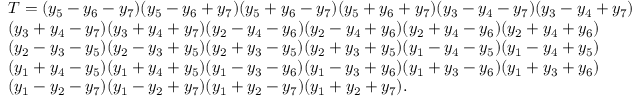
\begin{array} { l } { T = ( y _ { 5 } - y _ { 6 } - y _ { 7 } ) ( y _ { 5 } - y _ { 6 } + y _ { 7 } ) ( y _ { 5 } + y _ { 6 } - y _ { 7 } ) ( y _ { 5 } + y _ { 6 } + y _ { 7 } ) ( y _ { 3 } - y _ { 4 } - y _ { 7 } ) ( y _ { 3 } - y _ { 4 } + y _ { 7 } ) } \\ { ( y _ { 3 } + y _ { 4 } - y _ { 7 } ) ( y _ { 3 } + y _ { 4 } + y _ { 7 } ) ( y _ { 2 } - y _ { 4 } - y _ { 6 } ) ( y _ { 2 } - y _ { 4 } + y _ { 6 } ) ( y _ { 2 } + y _ { 4 } - y _ { 6 } ) ( y _ { 2 } + y _ { 4 } + y _ { 6 } ) } \\ { ( y _ { 2 } - y _ { 3 } - y _ { 5 } ) ( y _ { 2 } - y _ { 3 } + y _ { 5 } ) ( y _ { 2 } + y _ { 3 } - y _ { 5 } ) ( y _ { 2 } + y _ { 3 } + y _ { 5 } ) ( y _ { 1 } - y _ { 4 } - y _ { 5 } ) ( y _ { 1 } - y _ { 4 } + y _ { 5 } ) } \\ { ( y _ { 1 } + y _ { 4 } - y _ { 5 } ) ( y _ { 1 } + y _ { 4 } + y _ { 5 } ) ( y _ { 1 } - y _ { 3 } - y _ { 6 } ) ( y _ { 1 } - y _ { 3 } + y _ { 6 } ) ( y _ { 1 } + y _ { 3 } - y _ { 6 } ) ( y _ { 1 } + y _ { 3 } + y _ { 6 } ) } \\ { ( y _ { 1 } - y _ { 2 } - y _ { 7 } ) ( y _ { 1 } - y _ { 2 } + y _ { 7 } ) ( y _ { 1 } + y _ { 2 } - y _ { 7 } ) ( y _ { 1 } + y _ { 2 } + y _ { 7 } ) . } \end{array}